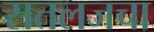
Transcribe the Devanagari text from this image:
सतलजचा